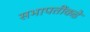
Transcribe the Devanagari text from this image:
सभापतींकडे